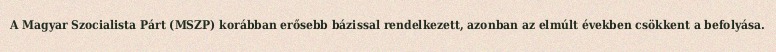
A Magyar Szocialista Párt (MSZP) korábban erősebb bázissal rendelkezett, azonban az elmúlt években csökkent a befolyása.